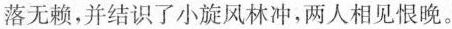
落无赖，并结识了小旋风林冲，两人相见恨晚。